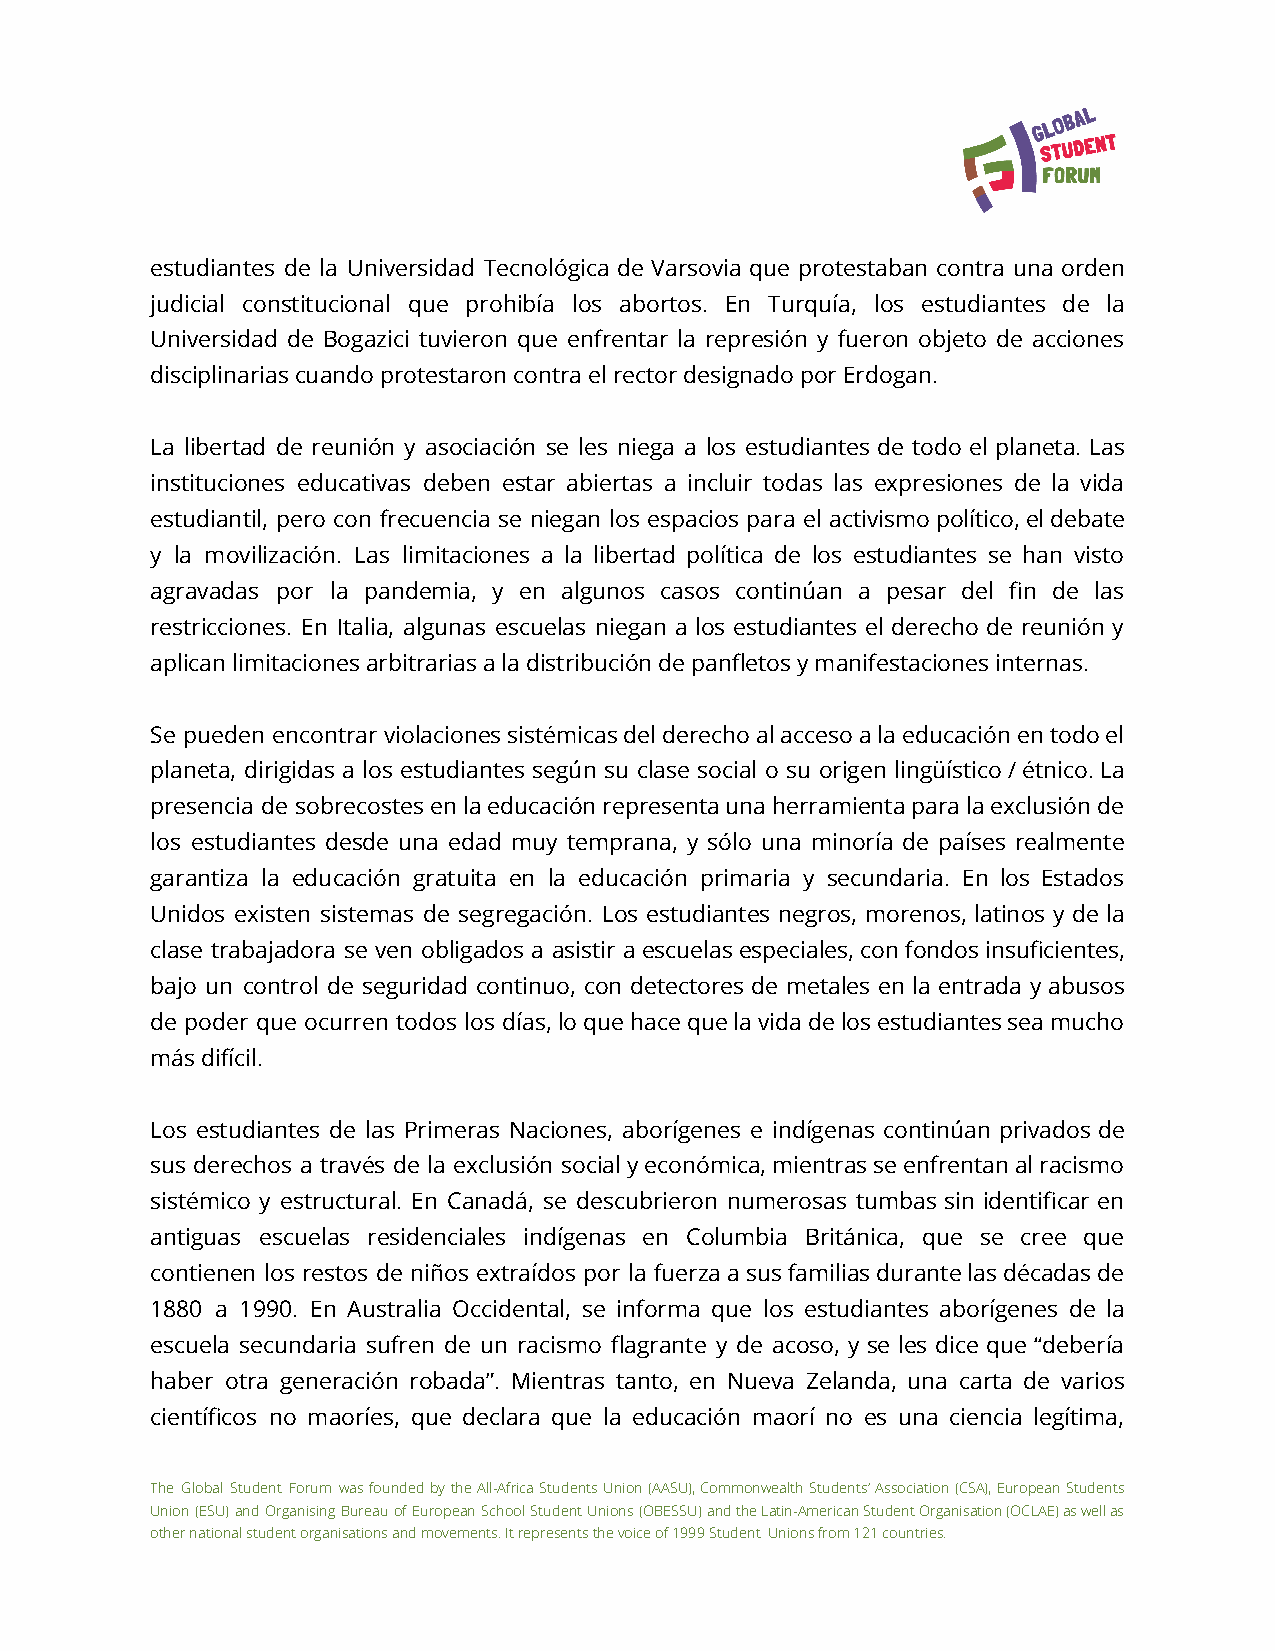
estudiantes de la Universidad Tecnológica de Varsovia que protestaban contra una orden
 judicial constitucional que prohibía los abortos. En Turquía, los estudiantes de la
 Universidad de Bogazici tuvieron que enfrentar la represión y fueron objeto de acciones
 disciplinarias cuando protestaron contra el rector designado por Erdogan.
 La libertad de reunión y asociación se les niega a los estudiantes de todo el planeta. Las
 instituciones educativas deben estar abiertas a incluir todas las expresiones de la vida
 estudiantil, pero con frecuencia se niegan los espacios para el activismopolítico,eldebate
 y la movilización. Las limitaciones a la libertad política de los estudiantes se han visto
 agravadas por la pandemia, y en algunos casos continúan a pesar del fin de las
 restricciones. En Italia, algunas escuelas niegan a los estudiantes el derecho de reunión y
 aplican limitaciones arbitrarias a la distribución de panfletos y manifestaciones internas.
 Se pueden encontrarviolacionessistémicasdelderechoalaccesoalaeducaciónentodoel
 planeta, dirigidas a los estudiantes según su clase social o su origen lingüístico/étnico.La
 presencia de sobrecostesenlaeducaciónrepresentaunaherramientaparalaexclusiónde
 los estudiantes desde una edad muy temprana, y sólo una minoría de países realmente
 garantiza la educación gratuita en la educación primaria y secundaria. En los Estados
 Unidos existen sistemas de segregación. Los estudiantes negros, morenos, latinos y de la
 clase trabajadora se ven obligados a asistir aescuelasespeciales,confondosinsuficientes,
 bajo un control de seguridad continuo, con detectores de metales en la entrada y abusos
 de poder que ocurren todos los días,loquehacequelavidadelosestudiantesseamucho
 más difícil.
 Los estudiantes de las Primeras Naciones, aborígenes e indígenas continúan privados de
 sus derechos a través de la exclusión socialyeconómica,mientrasseenfrentanalracismo
 sistémico y estructural. En Canadá, se descubrieron numerosas tumbas sin identificar en
 antiguas escuelas residenciales indígenas en Columbia Británica, que se cree que
 contienen los restos de niños extraídos por la fuerzaasusfamiliasdurantelasdécadasde
 1880 a 1990. En Australia Occidental, se informa que los estudiantes aborígenes de la
 escuela secundaria sufren de un racismo flagrante y de acoso, y se les dice que “debería
 haber otra generación robada”. Mientras tanto, en Nueva Zelanda, una carta de varios
 científicos no maoríes, que declara que la educación maorí no es una ciencia legítima,
 The Global Student Forum wasfoundedbytheAll-AfricaStudentsUnion(AASU),CommonwealthStudents’Association(CSA),EuropeanStudents
 Union(ESU)andOrganisingBureauofEuropeanSchoolStudentUnions(OBESSU)andtheLatin-AmericanStudentOrganisation(OCLAE)aswellas
 other national student organisations and movements. It represents the voice of 1999 Student Unions from 121 countries.